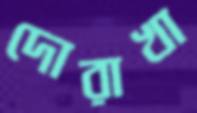
দোরাখা